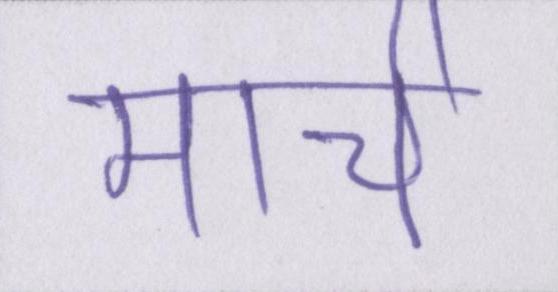
मार्च